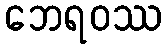
ဘေရဝဿ